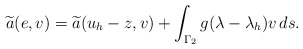
\begin{align*}\widetilde{a}(e, v)= \widetilde{a}(u_h-z, v) + \int_{\Gamma_2}g(\lambda-\lambda_h)v\,ds. \end{align*}